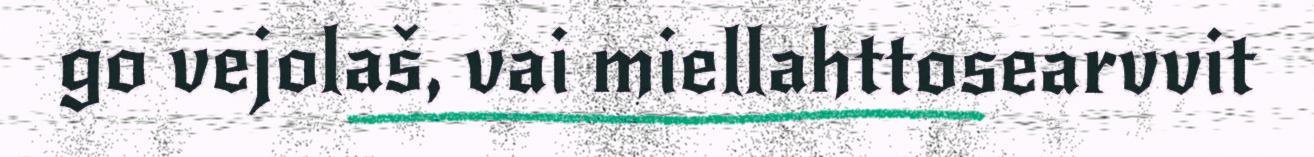
go vejolaš, vai miellahttosearvvit